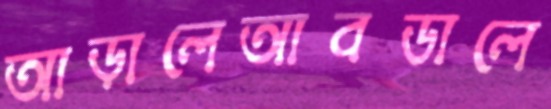
আড়ালেআবডালে